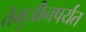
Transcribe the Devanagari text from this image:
तेमुजीनपर्यंत